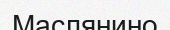
Маслянино